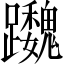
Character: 𨇷